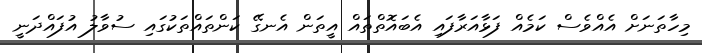
މިހާތަނަށް އެއްވެސް ކަމެއް ފަޅާއަރާފައި އެބައޮތްތައް އީތަން އެނގޭ ކަންތައްތަކުގައި ސުވާލު އުފައްދަނީ